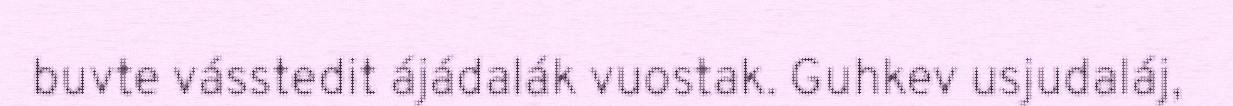
buvte vásstedit ájádalák vuostak. Guhkev usjudaláj,